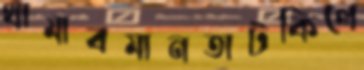
থামাবমানতাটকিলে